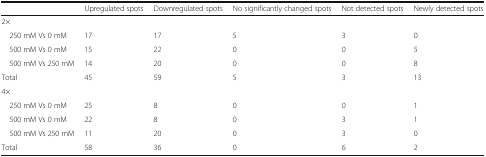
<table><thead><tr><td></td><td><b>Upregulated spots</b></td><td><b>Downregulated spots</b></td><td><b>No significantly changed spots</b></td><td><b>Not detected spots</b></td><td><b>Newly detected spots</b></td></tr></thead><tbody><tr><td colspan="6">2×</td></tr><tr><td> 250 mM Vs 0 mM</td><td>17</td><td>17</td><td>5</td><td>3</td><td>0</td></tr><tr><td> 500 mM Vs 0 mM</td><td>15</td><td>22</td><td>0</td><td>0</td><td>5</td></tr><tr><td> 500 mM Vs 250 mM</td><td>14</td><td>20</td><td>0</td><td>0</td><td>8</td></tr><tr><td>Total</td><td>45</td><td>59</td><td>5</td><td>3</td><td>13</td></tr><tr><td colspan="6">4×</td></tr><tr><td> 250 mM Vs 0 mM</td><td>25</td><td>8</td><td>0</td><td>0</td><td>1</td></tr><tr><td> 500 mM Vs 0 mM</td><td>22</td><td>8</td><td>0</td><td>3</td><td>1</td></tr><tr><td> 500 mM Vs 250 mM</td><td>11</td><td>20</td><td>0</td><td>3</td><td>0</td></tr><tr><td>Total</td><td>58</td><td>36</td><td>0</td><td>6</td><td>2</td></tr></tbody></table>